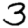
Digit: 3